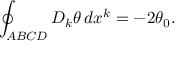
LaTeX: \oint _ { A B C D } D _ { k } \theta \, d x ^ { k } = - 2 \theta _ { 0 } .